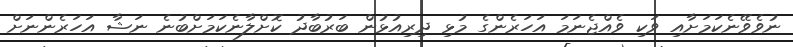
ނުވެވޭނެކަމަށާއި ވަކި ވެއްޖެނަމަ އަހަރެންގެ މުޅި ދިރިއުޅުން ބަރުބާދު ކޮށްލާނެކަމަށްބުނެ ނަޝާ އަހަރެންނަށް